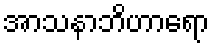
အာသနာဘိဟာရော